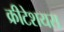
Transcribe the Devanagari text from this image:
क्रीटेशयस